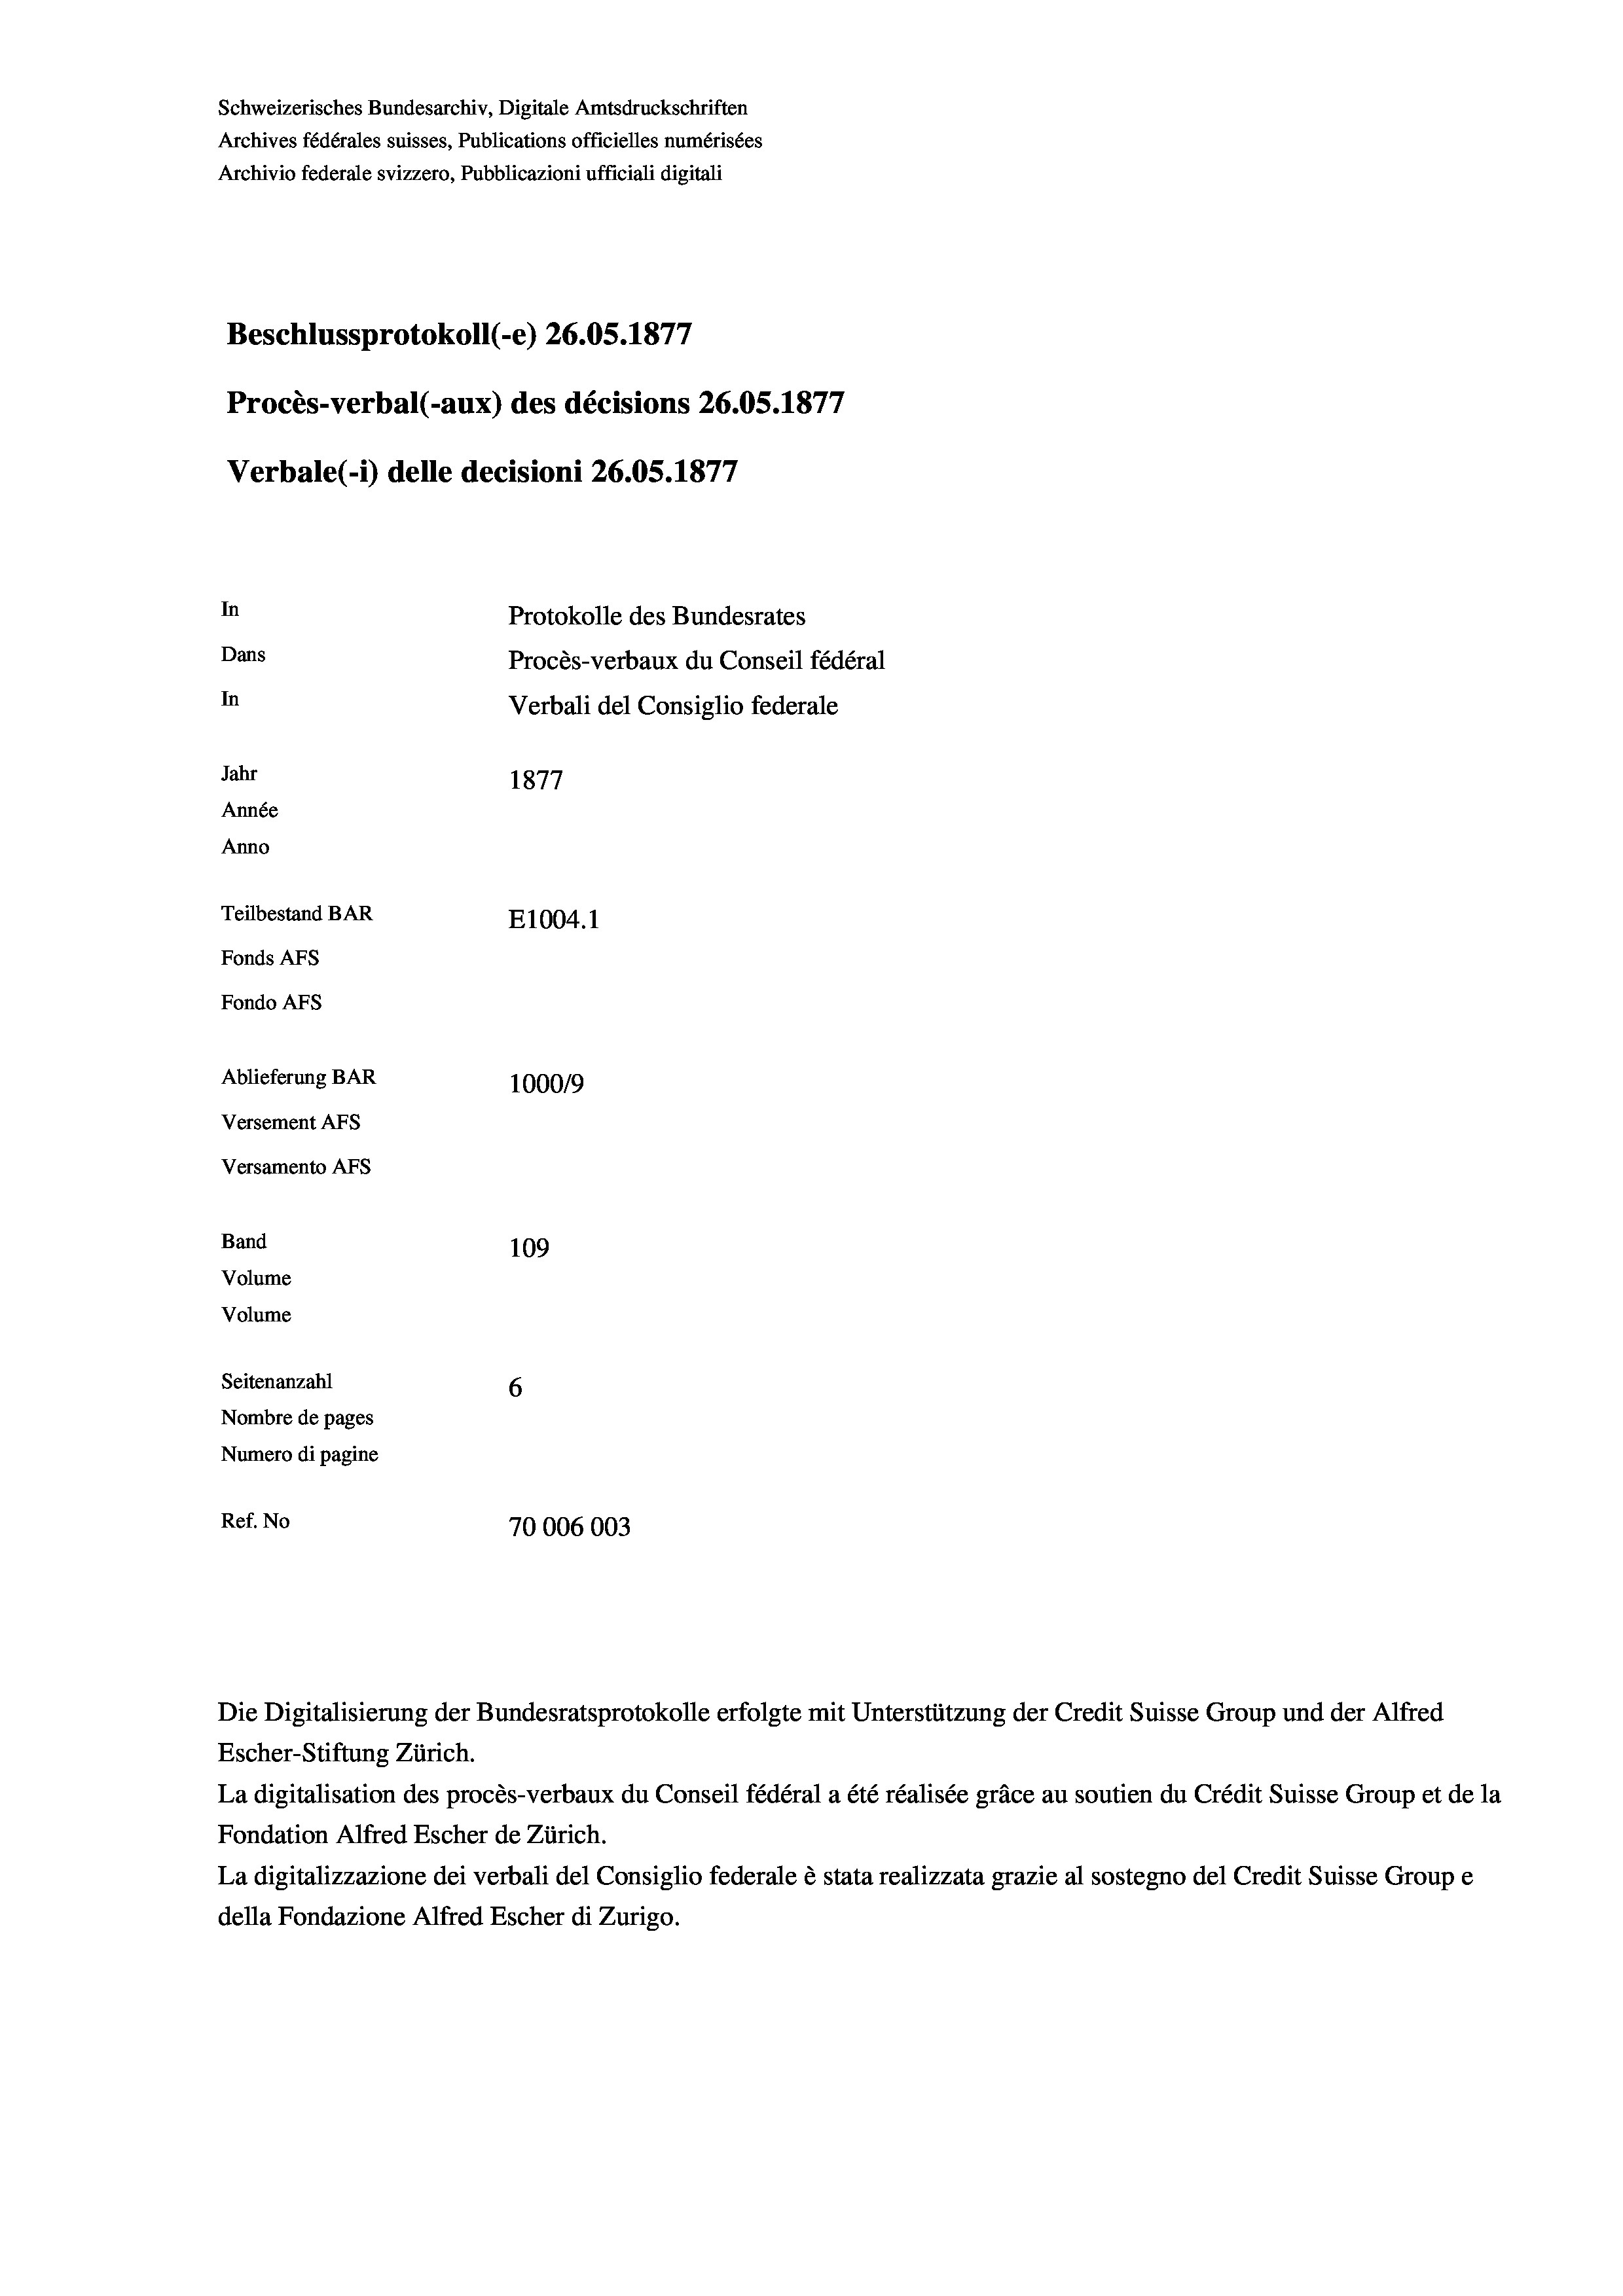
Schweizerisches Bundesarchiv, Digitale Amtsdruckschriften
Archives fédérales suisses, Publications officielles numérisées
Archivio federale svizzero, Pubblicazioni ufficiali digitali
7
Beschlussprotokoll (-e) 26.05. 1877
Procès-verbal (-aux) des décisions 26.05. 1877
Verbale(-*) delle decisioni 26.05. 1877
In
Protokolle des Bundesrates
Dans
Procès-verbaux du Conseil fédéral
In
Verbali del Consiglio federale
Jahr
1877
Année
Anno
Teilbestand BAR
E1004.1
Fonds AFs
Fondo AFs
Ablieferung BAR
1000/9
Versement AFS
Versamento AFs
Band
109
Volume

Volume
Seitenanzahl
6
Nombre de pages
Numero di pagine
Ref. No
70006003

Escher-Stiftung Zürich.
La digitalisation des procès-verbaux du Conseil fédéral a été réalisée gräce au soutien du Crédit Suisse Group et de la
Fondation Alfred Escher de Zürich.
La digitalizzazione dei verbali del Consiglio federale è stata realizzata grazie al sostegno del Credit Suisse Groupe
della Fondazione Alfred Escher di Zurigo.

Die Digitalisierung der Bundesratsprotokolle erfolgte mit Unterstützung der Credit Suisse Group und der Alfred